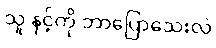
သူ နင့်ကို ဘာပြောသေးလဲ